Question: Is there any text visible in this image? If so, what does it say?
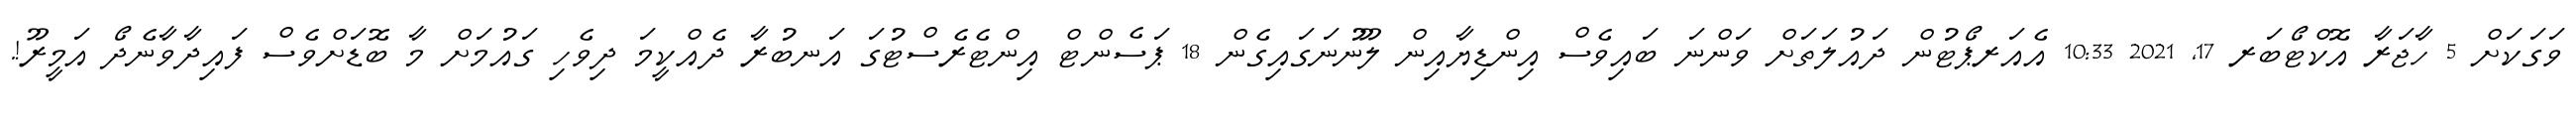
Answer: ވަގަކަށް 5 ހާޖަރާ އޮކްޓޯބަރ 17, 2021 10:33 އެއަރޕޯޓުން ދައުލަތަށް ވަންނަ ބައިވެސް އިންޑިޔާއިން ލޫނުނަގައިގެން 18 ޕަސެންޓް އިންޓެރެސްޓުގަ އަނބުރާ ދެއްކީމަ ދިވެހި ގައުމަށް މާ ބޮޑަށްވެސް ފައިދާވާނެދޯ އަމީރޫ!.